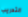
التدريب